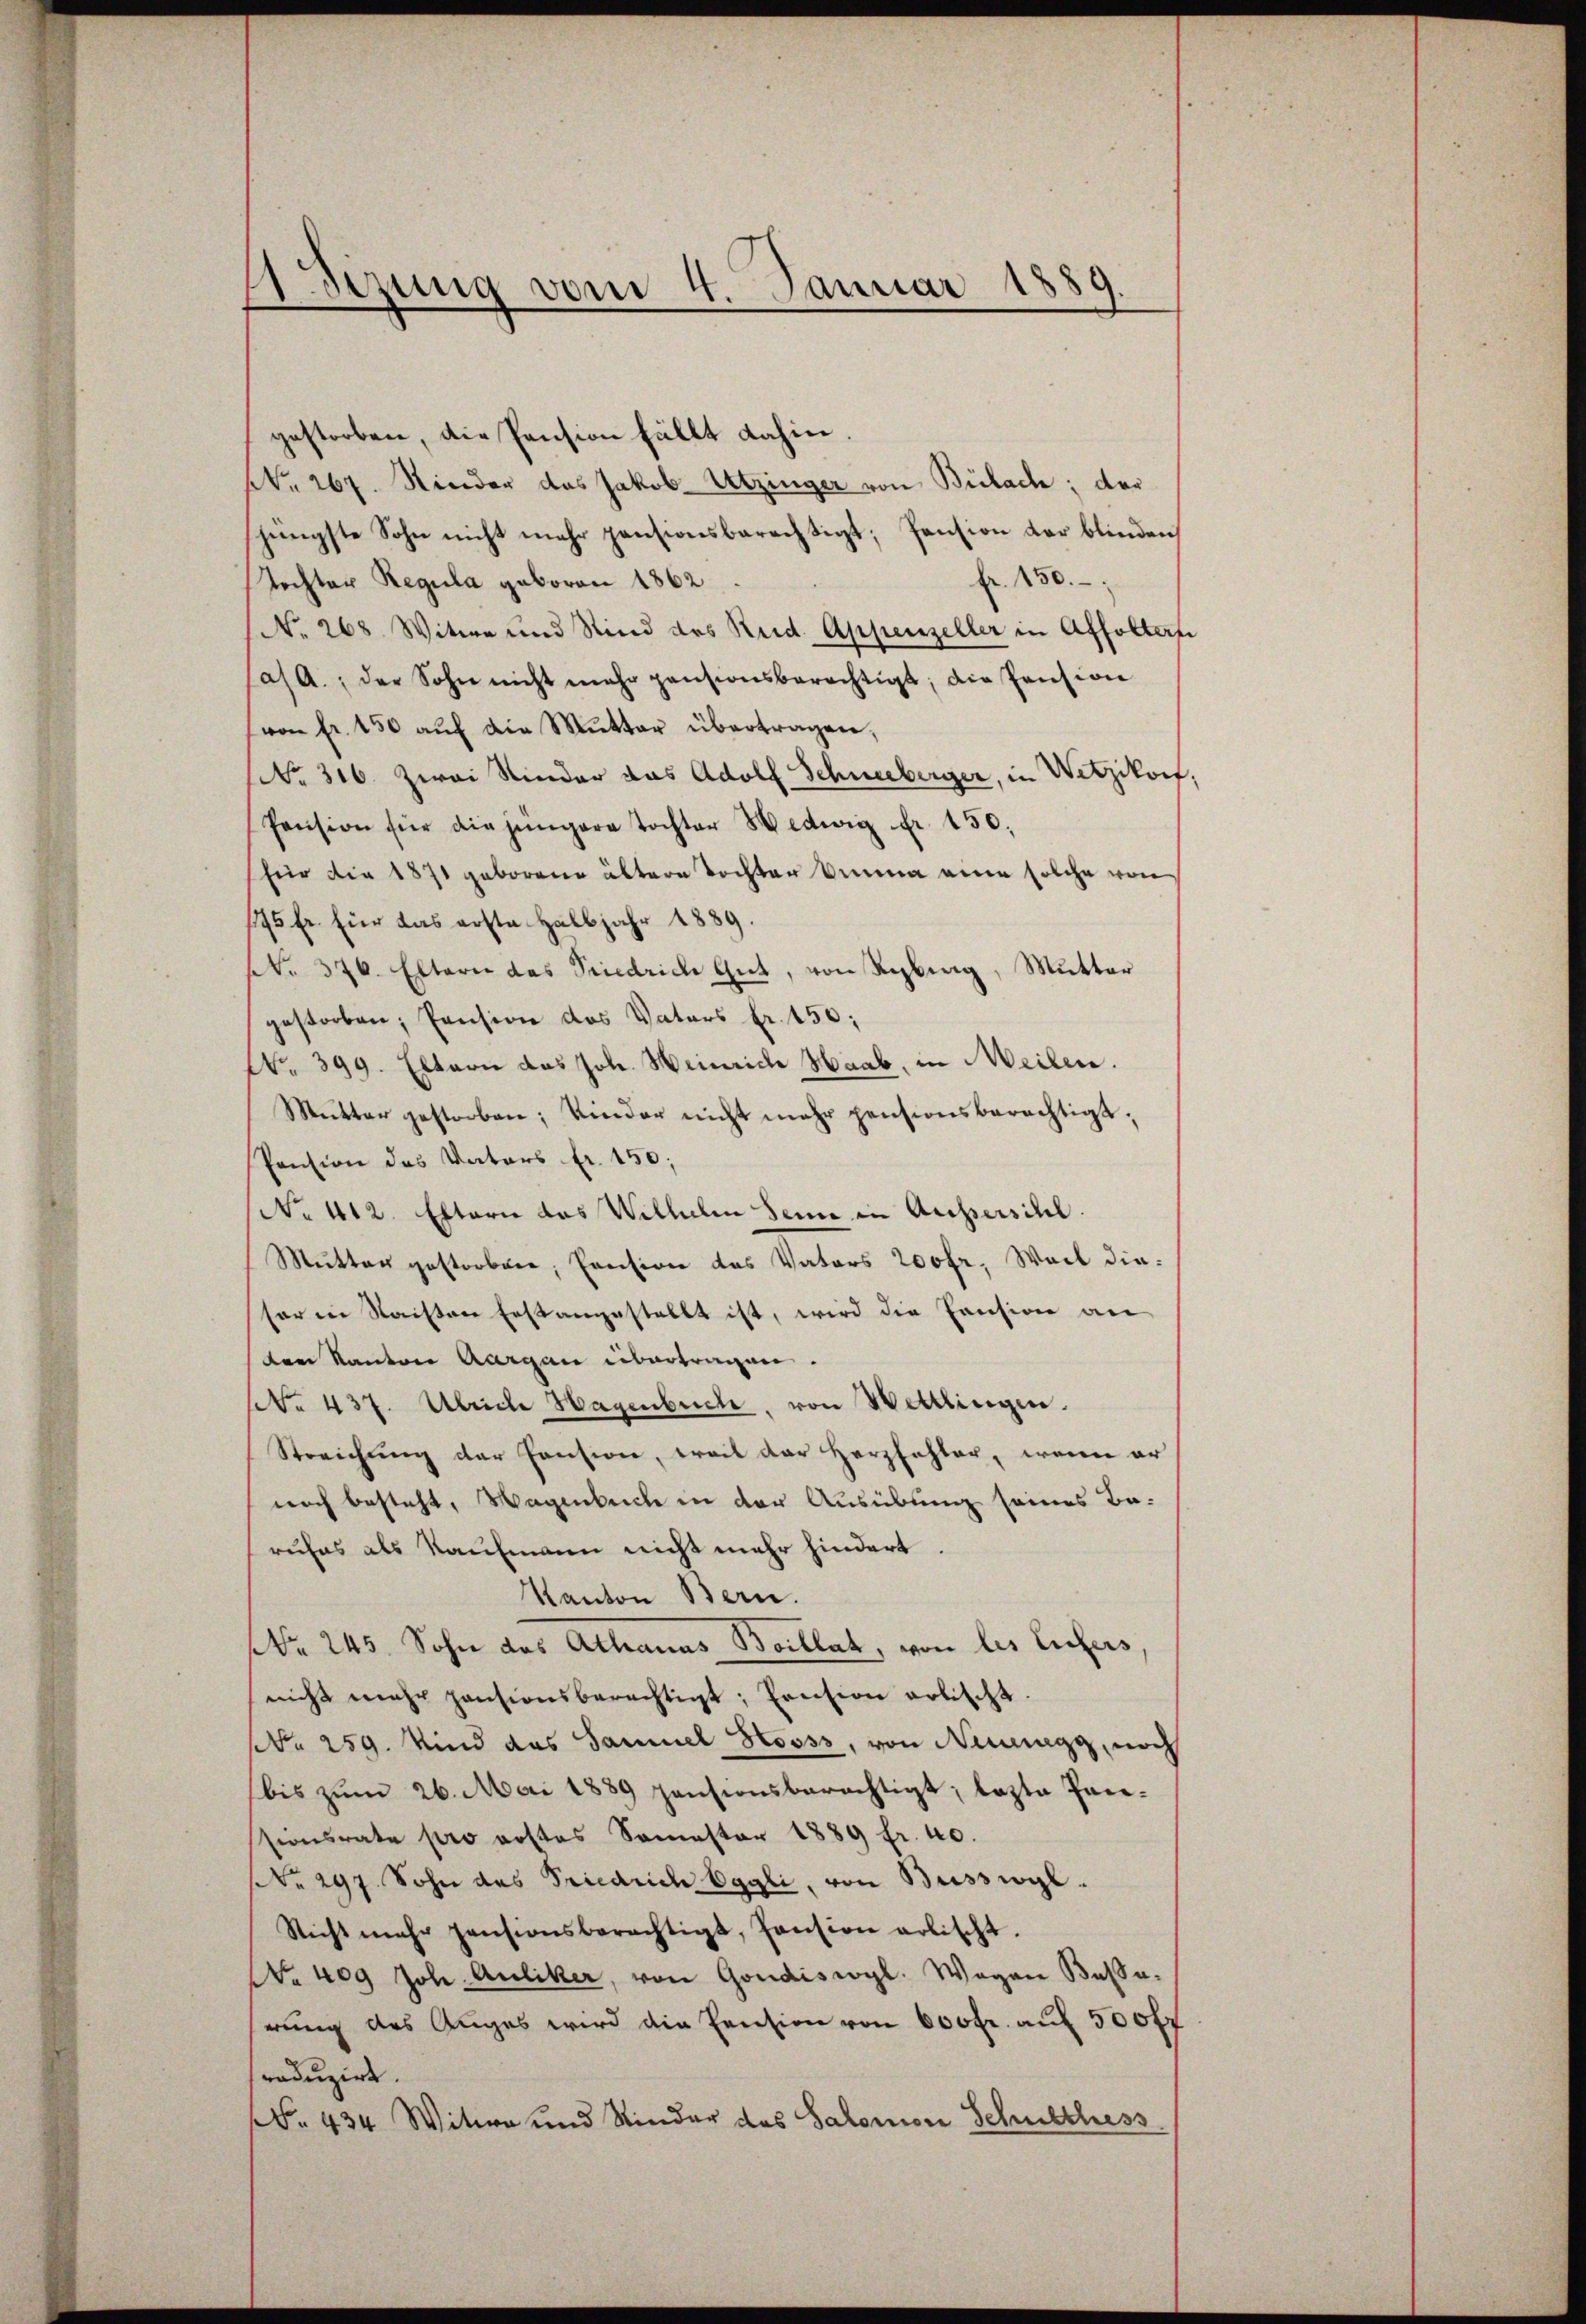
ASizung vom 4. Januar 1889.

gestorben, die Pension fällt dahin
NNo. 267. Nieder das Jakob. Utzinger von Bülach; der
jüngste Sohn nicht mehr pensionsberechtigt; Pension der blinden
fr. 150.
Tochter Regula geboren 1862
No. 268 Witwe und Sind des Reid. Appenzeller in Affoltern
as A., der Sohn nicht mehr pensionsberechtigt; die Pension
von fr. 150 auf die Mutter übertragen,
(No. 316. Zwai Kinder das Adolf Schneeberger, in Wetzikon
Pension für die jüngere Tochter Hedwig Fr. 150.
(für die 1871 geborene ältere Tochter Anna eine solche von
175 Fr. für das erste Halbjahr 1889.
NR. 376. Eltern das Priedrich Gut, von Reberg, Mutter
gestorben, Pension des Vaters Fr. 150:
NNo. 399. Eltern das Joh. Heinrich Haab, in Meilen.
Mŭtter gestorben; Kinder nicht mehr pensionsberechtigt,
Pension des Vaters fr. 150;
No 412. Eltern das Wilhelm Seine in Aussersihl.
Mutter gestorbene, Pension des Vaters 200fr. Weil diesar in Saisten Erstangestellt ist, wird die Pension an
den Kanton Aargau übertragen.
No. 437. Uriile Hagenbuch, von Wittlingen.
Streichung der Consion, weil der Herzfehler, wenn er
noch besteht, Wagenbeiche in der Ausübung seines Barufes als Kaufmann nicht mehr hindert
Kanton Bern.
Nro 245. Sohn das Athanas Boillat, von les Eifers,
nicht mehr pensionsberechtigt; Pension erlischt.
(Nr. 259. Kind das Samuel Hooss, von Neuegg, noch
bis zum 26. Mai 1889 pensionsberechtigt; lezte Pansionsrate pro rostes Semester 1889 fr. 40.
(Nr. 297. Sohn des Friedrich Eggli, von Busswogl.
Nicht mehr pensionsberechtigt, Pension arbischt.
NNo. 409 Joh. Auliker, von Gondiswyl. Wagen Busse-
rung des Auges wird die Pension von 600fr. auf 500fr
raduzirt.
§. 434 Witwe und Kinder das Salomon Schulthess